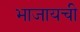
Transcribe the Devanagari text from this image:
भाजायची